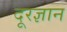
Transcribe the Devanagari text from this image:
दूरज्ञान